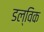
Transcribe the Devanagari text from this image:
डल्विक